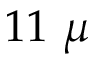
1 1 \ \mu